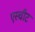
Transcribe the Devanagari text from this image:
एस्चीट